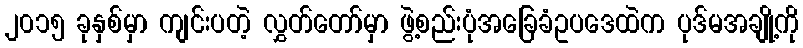
၂၀၁၅ ခုနှစ်မှာ ကျင်းပတဲ့ လွှတ်တော်မှာ ဖွဲ့စည်းပုံအခြေခံဥပဒေထဲက ပုဒ်မအချို့ကို